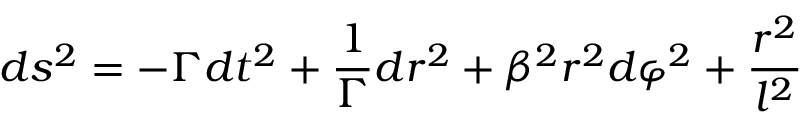
d s ^ { 2 } = - \Gamma d t ^ { 2 } + \frac 1 \Gamma d r ^ { 2 } + \beta ^ { 2 } r ^ { 2 } d \varphi ^ { 2 } + \frac { r ^ { 2 } } { l ^ { 2 } }